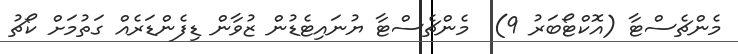
މެންޗެސްޓާ (އޮކްޓޯބަރު 9)  މެންޗެސްޓާ ޔުނައިޓެޑުން ޒުވާން ޑިފެންޑަރެއް ގަތުމަށް ކޯޗު